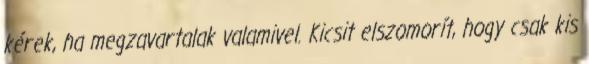
kérek, ha megzavartalak valamivel. Kicsit elszomorít, hogy csak kis